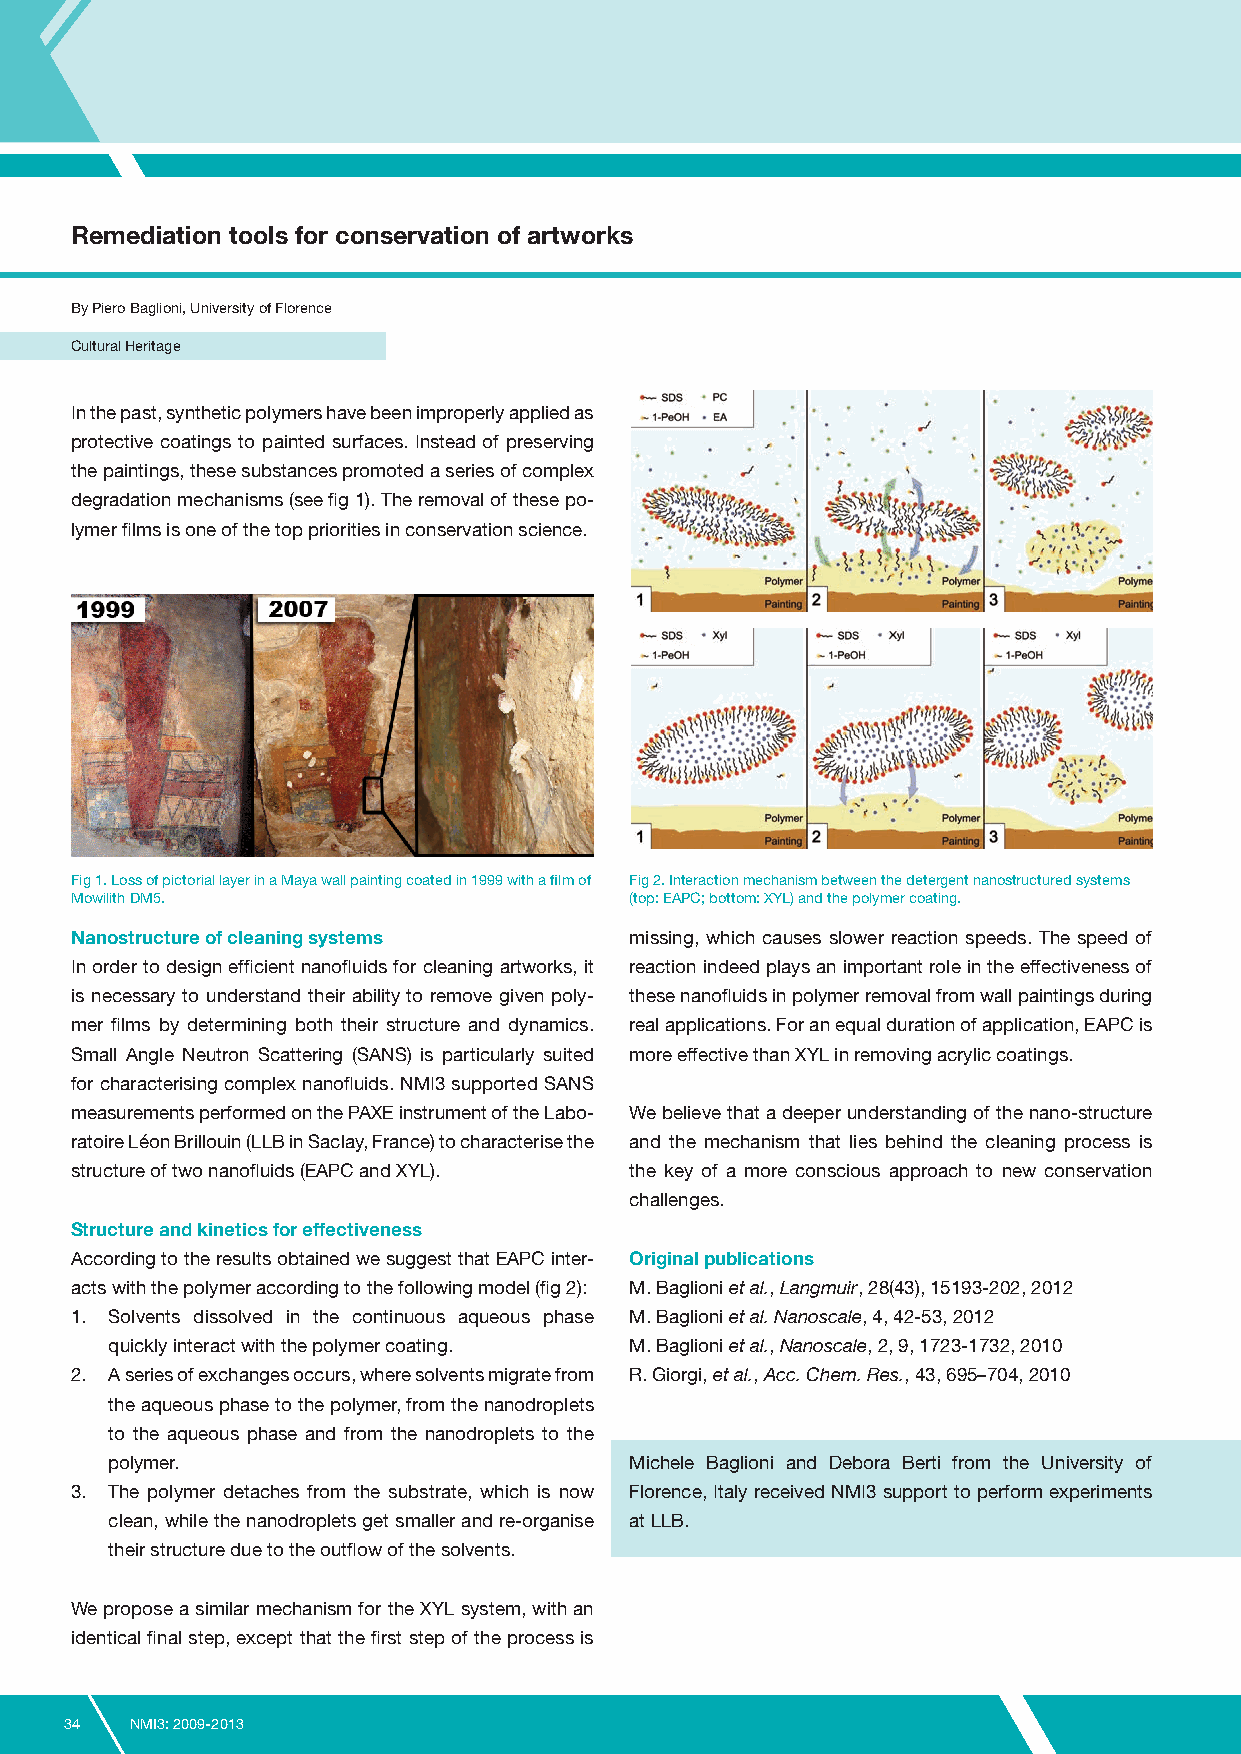
Remediation tools for conservation of artworks
 By Piero Baglioni, University of Florence
 Cultural Heritage
 In the past, synthetic polymers have been improperly applied as
 protective coatings to painted surfaces. Instead of preserving
 the paintings, these substances promoted a series of complex
 degradation mechanisms (see fig 1). The removal of these po-
 lymer films is one of the top priorities in conservation science.
 Fig 1. Loss of pictorial layer in a Maya wall painting coated in 1999 with a film of Fig 2. Interaction mechanism between the detergent nanostructured systems
 Mowilith DM5.                        (top: EAPC; bottom: XYL) and the polymer coating.
 Nanostructure of cleaning systems    missing, which causes slower reaction speeds. The speed of
 In order to design efficient nanofluids for cleaning artworks, it reaction indeed plays an important role in the effectiveness of
 is necessary to understand their ability to remove given poly- these nanofluids in polymer removal from wall paintings during
 mer films by determining both their structure and dynamics. real applications. For an equal duration of application, EAPC is
 Small Angle Neutron Scattering (SANS) is particularly suited more effective than XYL in removing acrylic coatings.
 for characterising complex nanofluids. NMI3 supported SANS
 measurements performed on the PAXE instrument of the Labo- We believe that a deeper understanding of the nano-structure
 ratoire Léon Brillouin (LLB in Saclay, France) to characterise the and the mechanism that lies behind the cleaning process is
 structure of two nanofluids (EAPC and XYL). the key of a more conscious approach to new conservation
 challenges.
 Structure and kinetics for effectiveness
 According to the results obtained we suggest that EAPC inter- Original publications
 acts with the polymer according to the following model (fig 2): M. Baglioni et al., Langmuir, 28(43), 15193-202, 2012
 1. Solvents dissolved in the continuous aqueous phase M. Baglioni et al. Nanoscale, 4, 42-53, 2012
 quickly interact with the polymer coating. M. Baglioni et al., Nanoscale, 2, 9, 1723-1732, 2010
 2. A series of exchanges occurs, where solvents migrate from R. Giorgi, et al., Acc. Chem. Res., 43, 695–704, 2010
 the aqueous phase to the polymer, from the nanodroplets
 to the aqueous phase and from the nanodroplets to the
 polymer.                           Michele Baglioni and Debora Berti from the University of
 3. The polymer detaches from the substrate, which is now Florence, Italy received NMI3 support to perform experiments
 clean, while the nanodroplets get smaller and re-organise at LLB.
 their structure due to the outflow of the solvents.
 We propose a similar mechanism for the XYL system, with an
 identical final step, except that the first step of the process is
 34   NMI3: 2009-2013